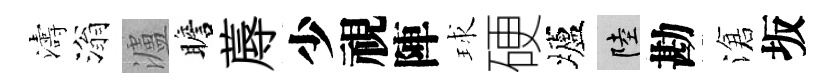
濤滃瀘瞻蓐少視陣球硬壚陸勘滄坂